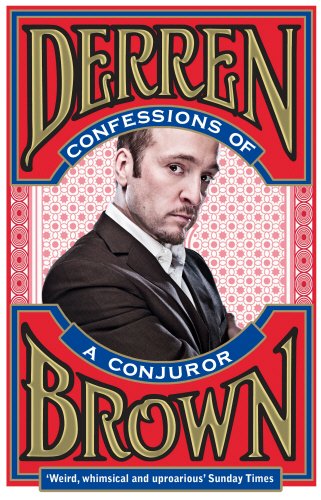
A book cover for Confessions of a Conjuror; Derren Brown; Humor & Entertainment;